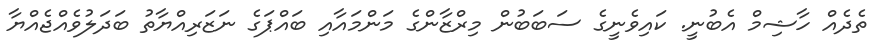
ތެދެއް ހާޝިމް އެބުނީ. ކައިވެނީގެ ސަބަބުން މިރްޒާންގެ މަންމައާއި ބައްޕަގެ ނަޒަރިއްޔާތު ބަދަލުވެއްޖެއްޔާ